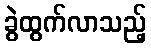
ခွဲထွက်လာသည့်